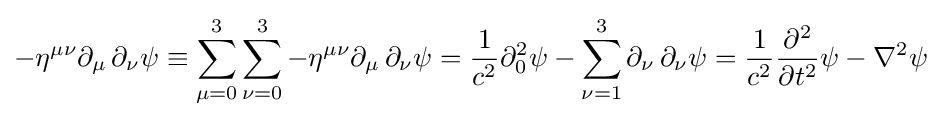
-\eta ^{\mu \nu }\partial _{\mu }\,\partial _{\nu }\psi \equiv \sum _{\mu =0}^{3}\sum _{\nu =0}^{3}-\eta ^{\mu \nu }\partial _{\mu }\,\partial _{\nu }\psi ={\frac {1}{c^{2}}}\partial _{0}^{2}\psi -\sum _{\nu =1}^{3}\partial _{\nu }\,\partial _{\nu }\psi ={\frac {1}{c^{2}}}{\frac {\partial ^{2}}{\partial t^{2}}}\psi -\mathbf {\nabla } ^{2}\psi